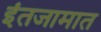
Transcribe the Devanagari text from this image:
इंतजामात